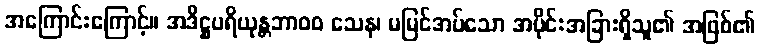
အကြောင်းကြောင့်။ အဒိဋ္ဌပရိယုန္တဘာ၀၀ သေန၊ မမြင်အပ်သော အပိုင်းအခြားရှိသူ၏ အဖြစ်၏